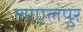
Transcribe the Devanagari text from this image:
लाएलपुर